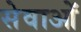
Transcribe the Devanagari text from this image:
सेवाओंं